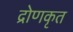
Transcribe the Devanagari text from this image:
द्रोणकृत